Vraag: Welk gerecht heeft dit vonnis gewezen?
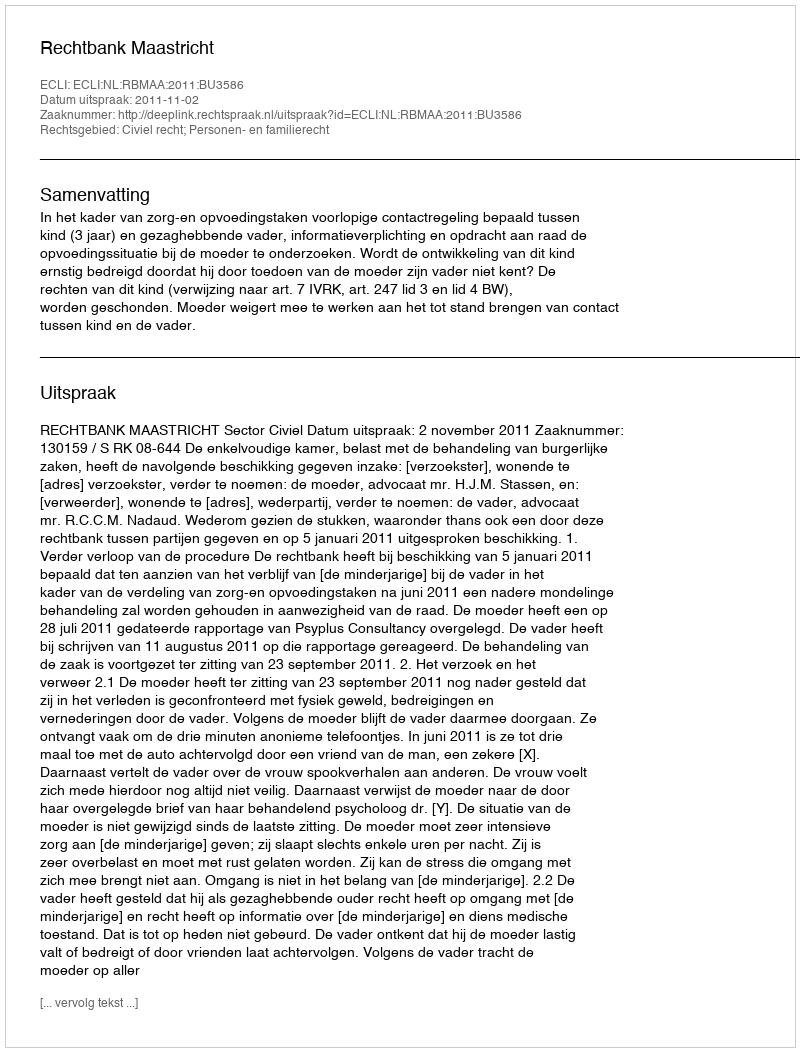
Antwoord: Rechtbank Maastricht